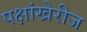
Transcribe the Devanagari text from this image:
पक्षांखेरीज